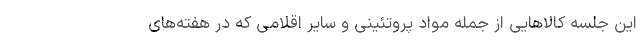
این جلسه کالا‌هایی از جمله مواد پروتئینی و سایر اقلامی که در هفته‌های